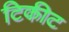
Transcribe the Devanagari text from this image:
टिकीट